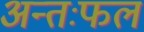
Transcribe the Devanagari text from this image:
अन्तःफल